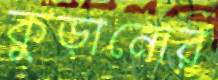
কুড়ানোর